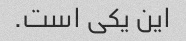
این یکی است.